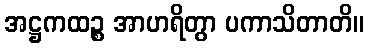
အဋ္ဌကထဉ္စ အာဟရိတွာ ပကာသိတာတိ။